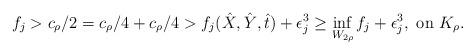
LaTeX: \begin{align*} f_j > c_\rho/2 = c_\rho/4 + c_\rho/4 > f_j(\hat X, \hat Y, \hat t) + \epsilon_j^3 \geq \inf_{W_{2\rho}} f_j + \epsilon_j^3, \textrm{ on } K_\rho.\end{align*}